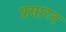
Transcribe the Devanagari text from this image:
प्रसारन